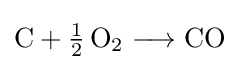
{\mathrm {C} {}+{}{\mathchoice {\textstyle {\frac {1}{2}}}{\frac {1}{2}}{\frac {1}{2}}{\frac {1}{2}}}\,\mathrm {O} {\vphantom {A}}_{\smash[{t}]{2}}{}\mathrel {\longrightarrow } {}\mathrm {CO} }